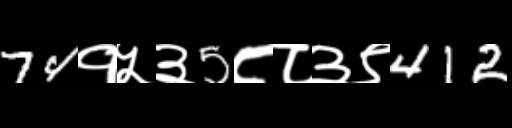
Text: 74१५३5८८३९412